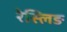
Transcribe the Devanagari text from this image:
रेस्लिङ